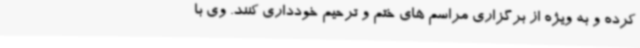
کرده و به ویژه از برگزاری مراسم های ختم و ترحیم خودداری کنند. وی با